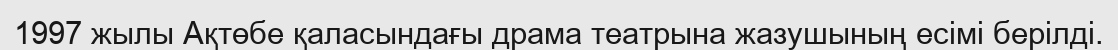
1997 жылы Ақтөбе қаласындағы драма театрына жазушының есімі берілді.